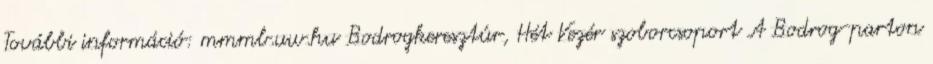
További információ: mmmb.uw.hu Bodrogkeresztúr, Hét Vezér szoborcsoport A Bodrog-parton